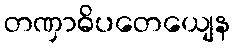
တဏှာဓိပတေယျေန